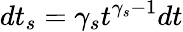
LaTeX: dt_{s}=\gamma_{s}t^{\gamma_{s}-1}dt